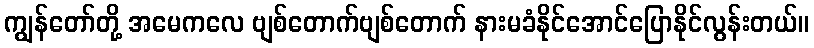
ကျွန်တော်တို့ အမေကလေ ဗျစ်တောက်ဗျစ်တောက် နားမခံနိုင်အောင်ပြောနိုင်လွန်းတယ်။